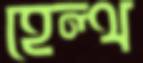
হেল্থ